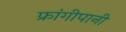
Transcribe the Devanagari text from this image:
फ्रांगीपानी